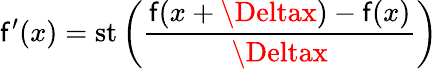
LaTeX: \mathsf{f}^{\prime}(x)=\mathrm{{{st}}}\left({\frac{{\mathsf{f}(x+\Deltax)-\mathsf{f}(x)}}{{\Deltax}}}\right)